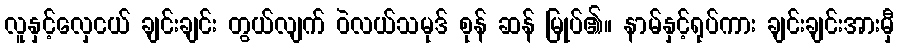
လူနှင့်လှေငယ် ချင်းချင်း တွယ်လျက် ဝဲလယ်သမုဒ် စုန် ဆန် မြုပ်၏။ နာမ်နှင့်ရုပ်ကား ချင်းချင်းအားမှီ